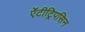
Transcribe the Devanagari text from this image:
ऐंटीट्रिपसिन